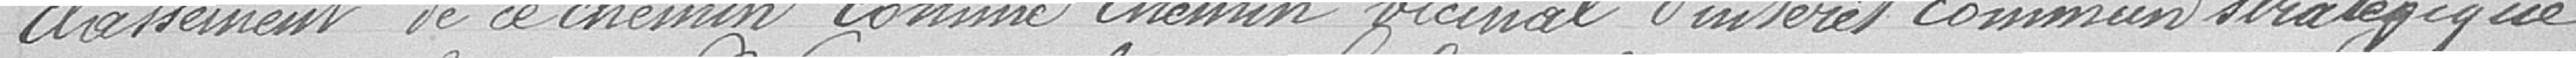
classement de ce chemin comme chemin vicinal d'intérêt commun stratégique